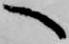
へ